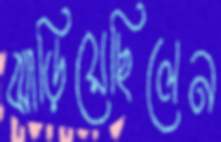
ঝাড়িয়েছিলেন